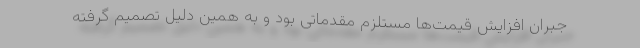
جبران افزایش قیمت‌ها مستلزم مقدماتی بود و به همین دلیل تصمیم گرفته